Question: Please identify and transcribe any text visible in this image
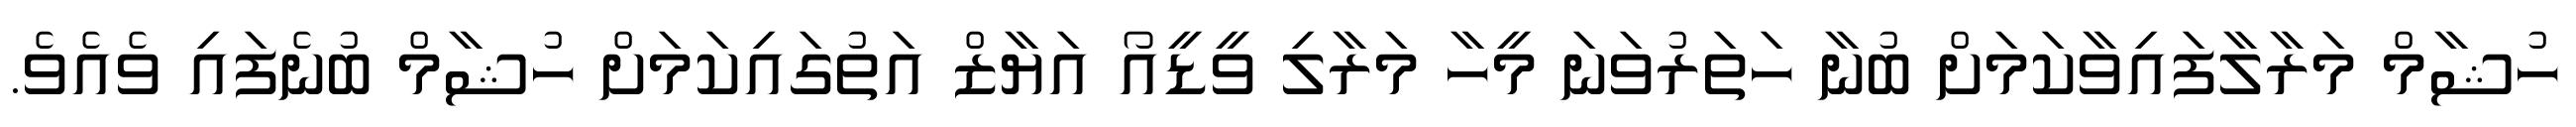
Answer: ހުޝާމް މަރާލާފައިވާކަމަށް ބުނާ ހަތަރުވަނަ މީހާ މަރާލި ވީޑީއޯ އަޔާޒް އަތުގައިކަމަށް ހުޝާމް ބުނެފައި ވެއެވެ.